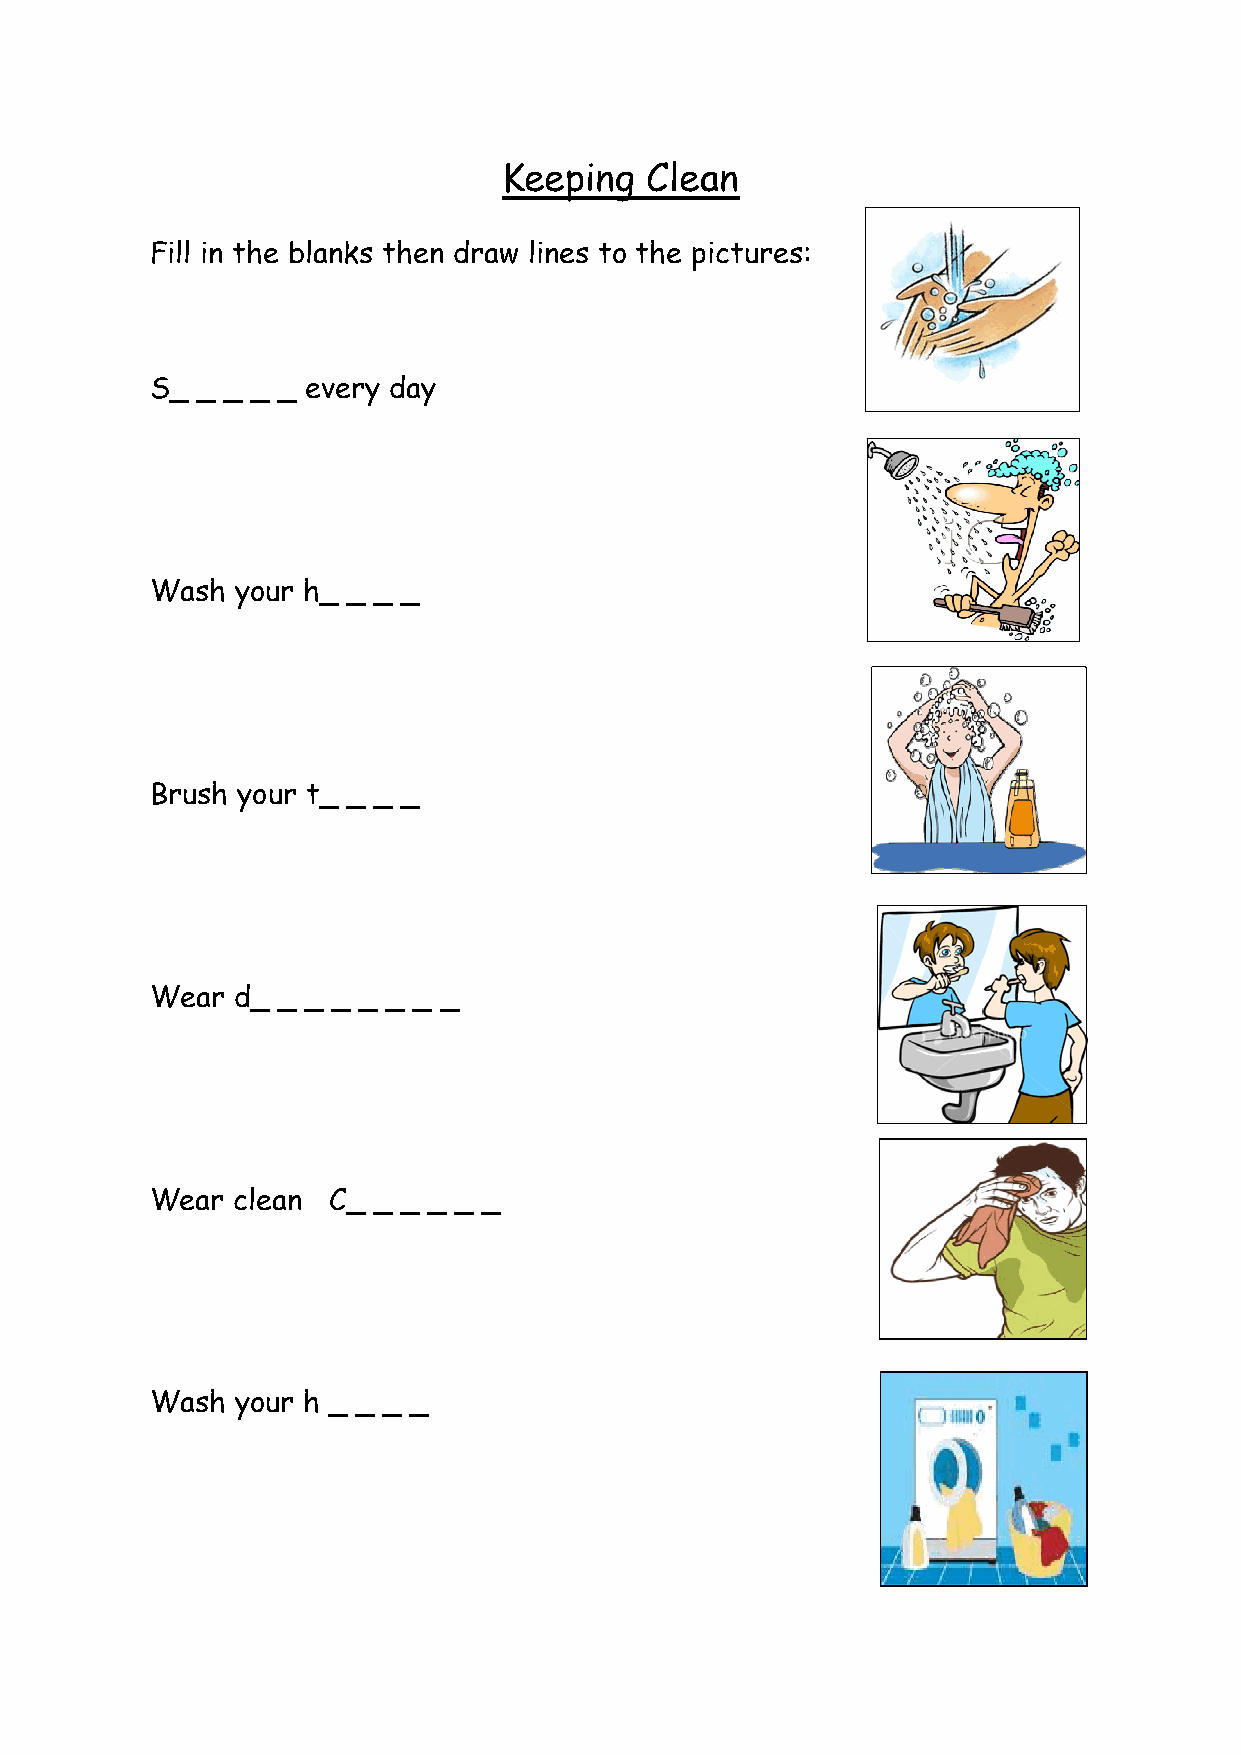
Keeping   Clean
 Fill in the blanks then draw lines to the pictures:
 S_ _ _ _ _ every day
 Wash  your h_ _ _ _
 Brush your t_ _ _ _
 Wear d_ _ _ _ _ _ _ _
 Wear clean  C_ _ _ _ _ _
 Wash  your h _ _ _ _